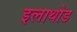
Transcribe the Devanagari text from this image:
इलाथोड